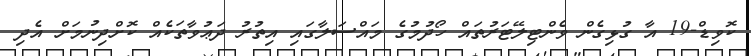
ކޮވިޑް-19 އާ ގުޅިގެން ވެންޓިލޭޓަރުތައް ހޯދުމުގެ މައްސަލާގައި އިތުރު ދަޢުވާތަކެއް ކޮށްދިނުމަށް އެދި